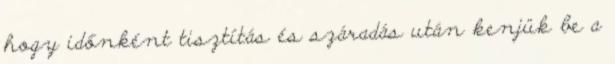
hogy időnként tisztítás és száradás után kenjük be a